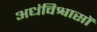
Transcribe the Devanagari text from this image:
अधंविश्वासों